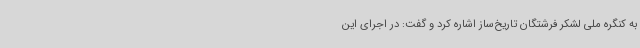
به کنگره ملی لشکر فرشتگان تاریخ‌ساز اشاره کرد و گفت: در اجرای این